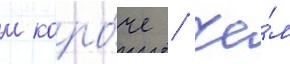
м коро́че / че́м